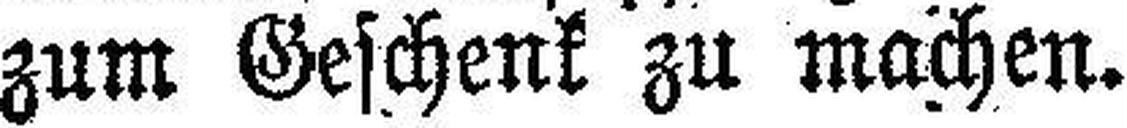
zum Geschenk zu machen.